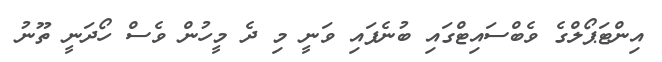
އިންޓަޕޯލްގެ ވެބްސައިޓްގައި ބުނެފައި ވަނީ މި ދެ މީހުން ވެސް ހޯދަނީ ތޫނު